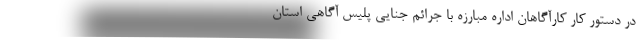
در دستور کار کارآگاهان اداره مبارزه با جرائم جنایی پلیس آگاهی استان